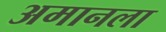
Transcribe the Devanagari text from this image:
अमानला